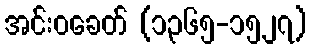
အင်းဝခေတ် (၁၃၆၅-၁၅၂၇)